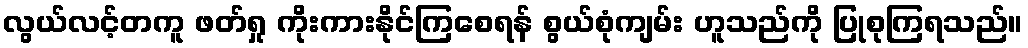
လွယ်လင့်တကူ ဖတ်ရှု ကိုးကားနိုင်ကြစေရန် စွယ်စုံကျမ်း ဟူသည်ကို ပြုစုကြရသည်။